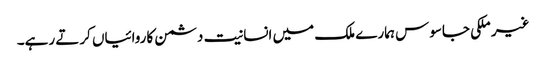
غیر ملکی جاسوس ہمارے ملک میں انسانیت دشمن کاروائیاں کرتے رہے۔